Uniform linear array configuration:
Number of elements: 8
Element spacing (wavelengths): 0.25
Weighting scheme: hann
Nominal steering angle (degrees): -45
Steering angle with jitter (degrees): -46.037
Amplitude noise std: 0.05
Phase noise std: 0.05

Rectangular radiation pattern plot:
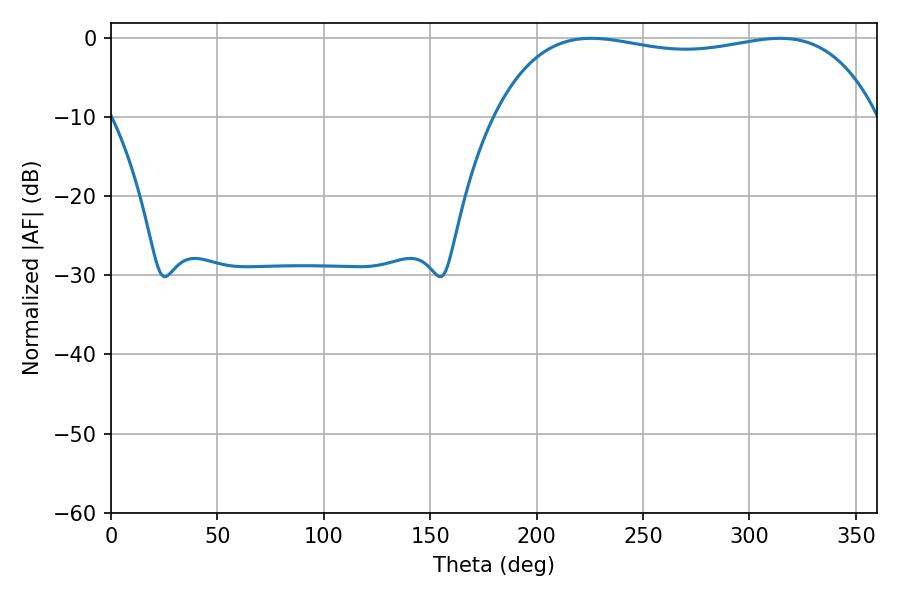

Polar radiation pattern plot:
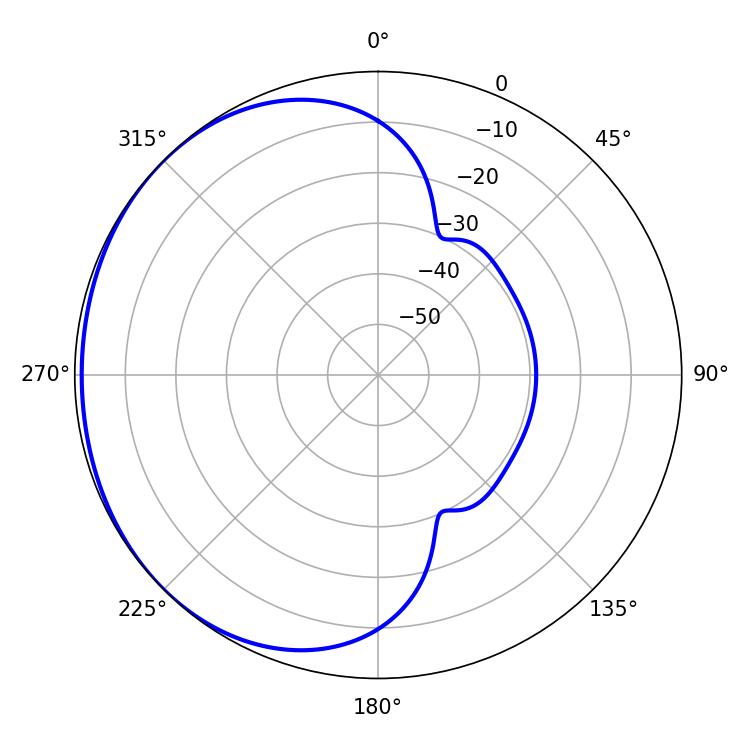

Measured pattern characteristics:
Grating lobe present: FALSE
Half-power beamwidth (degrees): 145.08
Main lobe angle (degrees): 225.72